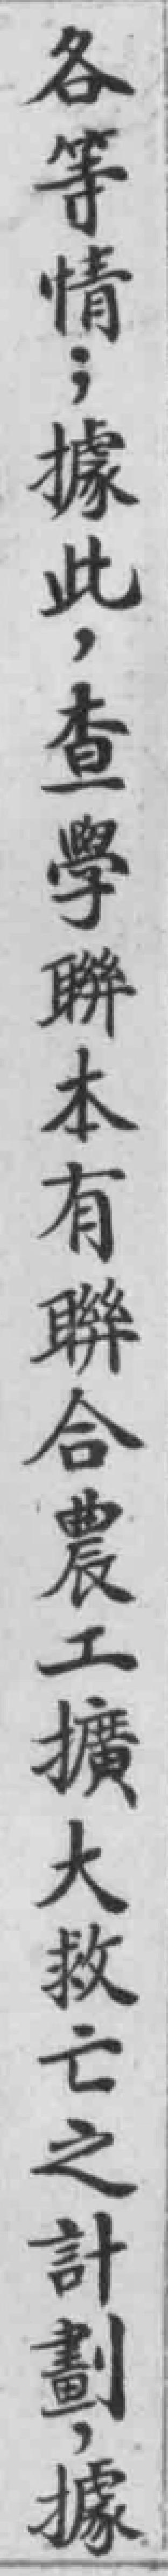
各等情；據此，查學聯本有聯合農工擴大救亡之計劃，據